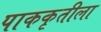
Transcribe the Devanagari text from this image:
पाककृतीला